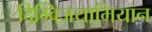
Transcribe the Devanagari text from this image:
दिग्विजयाभियान